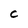
Character: C